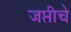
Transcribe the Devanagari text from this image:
जप्तीचे